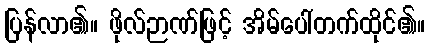
ပြန်လာ၏။ ဖိုလ်ဉာဏ်ဖြင့် အိမ်ပေါ်တက်ထိုင်၏။